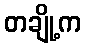
တချို့က